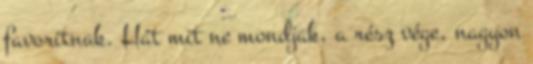
favoritnak. Hát mit ne mondjak, a rész vége, nagyon